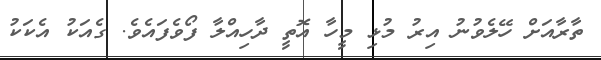
ތާރާއަށް ހޭލެވުނު އިރު މުޅި މީހާ އޮތީ ދާހިއްލާ ފޯވެފައެވެ. ގެއަކު އެކަކު